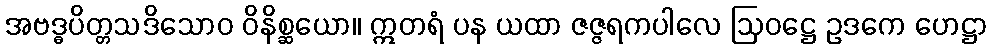
အဗဒ္ဓပိတ္တသဒိသောဝ ဝိနိစ္ဆယော။ ဣတရံ ပန ယထာ ဇဇ္ဇရကပါလေ ဩဝဋ္ဌေ ဥဒကေ ဟေဋ္ဌာ